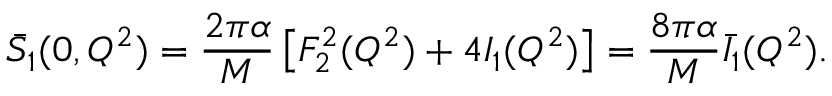
\bar { S } _ { 1 } ( 0 , Q ^ { 2 } ) = \frac { 2 \pi \alpha } { M } \left[ F _ { 2 } ^ { 2 } ( Q ^ { 2 } ) + 4 I _ { 1 } ( Q ^ { 2 } ) \right] = \frac { 8 \pi \alpha } { M } \bar { I } _ { 1 } ( Q ^ { 2 } ) .